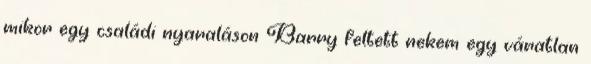
mikor egy családi nyaraláson Barry feltett nekem egy váratlan